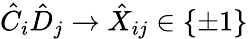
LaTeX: \hat{C}_{i}\hat{D}_{j}\rightarrow\hat{X}_{ij}\in\{ \pm 1\}